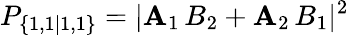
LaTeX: P_{\{ 1,1|1,1\} }=|\mathbf{A}_{1}\, B_{2}+\mathbf{A}_{2}\, B_{1}|^{2}